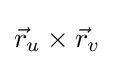
{\vec {r}}_{u}\times {\vec {r}}_{v}